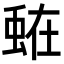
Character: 𮔒